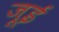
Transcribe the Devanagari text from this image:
जूई